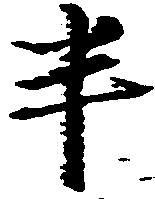
半